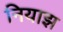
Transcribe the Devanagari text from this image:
नियाझ